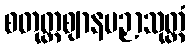
စတုတ္ထဈာနပဉှာသုတ္တံ